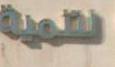
العلمية